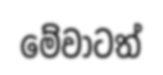
මේවාටත්